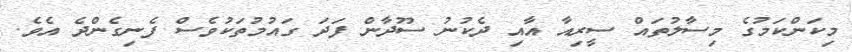
މިކަންކަމުގެ މިސާލުތައް ސީރިއާ އާއި ދެކުނު ސޫދާން ފަދަ ގައުމުތަކުވެސް ފެނިގެންދެ އެވެ.